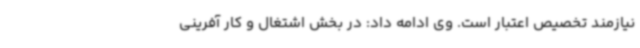
نیازمند تخصیص اعتبار است. وی ادامه داد: در بخش اشتغال و کار آفرینی